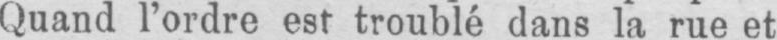
Quand l’ordre est troublé dans la rue et